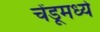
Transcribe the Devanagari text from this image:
चेंडूमध्ये